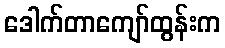
ဒေါက်တာကျော်ထွန်းက